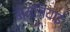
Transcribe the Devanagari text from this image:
बोमजियाई